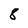
Character: 8